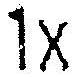
1X